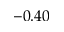
- 0 . 4 0